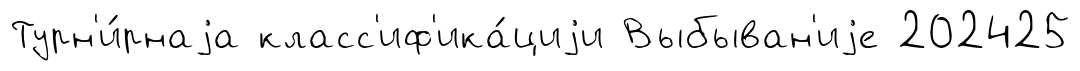
Турн'и́рнаjа класс'иф'ика́циjи Выбыван'иjе 202425